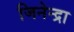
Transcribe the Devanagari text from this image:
जिनेन्द्रा